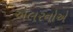
એલરનોએ